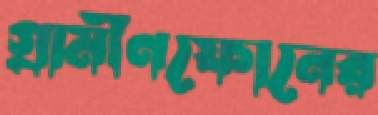
গ্রামীণফোনের